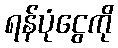
ရန်ပုံငွေကို